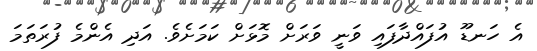
އެ ހަނޑޫ އުފައްދާފައި ވަނީ ވަރަށް މޮޅަށް ކަމަށެވެ. އަދި އެންމެ ފުރަތަމަ